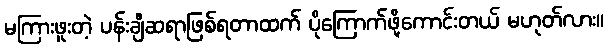
မကြားဖူးတဲ့ ပန်းချီဆရာဖြစ်ရတာထက် ပိုကြောက်ဖို့ကောင်းတယ် မဟုတ်လား။